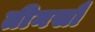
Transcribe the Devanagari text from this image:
तीनसौ